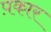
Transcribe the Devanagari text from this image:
प़कार